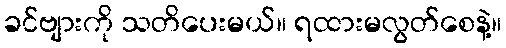
ခင်ဗျားကို သတိပေးမယ်။ ရထားမလွတ်စေနဲ့။